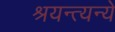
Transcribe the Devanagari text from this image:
श्रयन्त्यन्ये